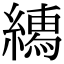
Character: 𦅎